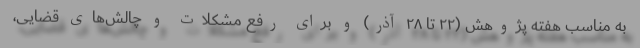
به مناسب هفته پژوهش (۲۲ تا ۲۸ آذر) و برای رفع مشکلات و چالش‌های قضایی،